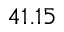
4 1 . 1 5